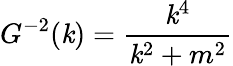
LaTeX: G^{-2}(\mathit{k})=\frac{{\mathit{k}^{4}}}{{\mathit{k}^{2}+m^{2}}}